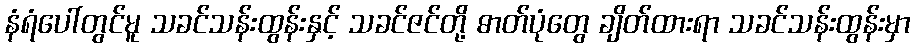
နံရံပေါ်တွင်မူ သခင်သန်းထွန်းနှင့် သခင်ဇင်တို့ ဓာတ်ပုံတွေ ချိတ်ထားရာ သခင်သန်းထွန်းမှာ